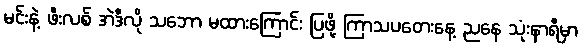
မင်းနဲ့ ဖီးလစ် အဲဒီလို သဘော မထားကြောင်း ပြဖို့ ကြာသပတေးနေ့ ညနေ သုံးနာရီမှာ